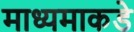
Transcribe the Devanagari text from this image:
माध्यमाकडे